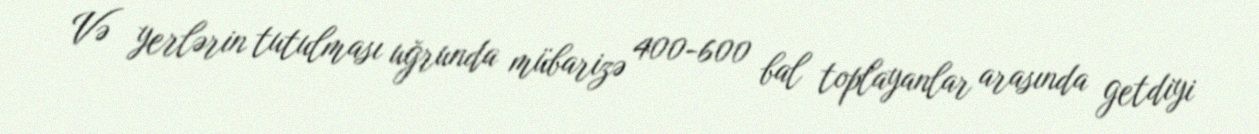
Və yerlərin tutulması uğrunda mübarizə 400-600 bal toplayanlar arasında getdiyi